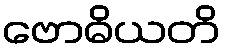
ဗောဓိယတိ